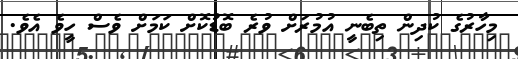
މިހާރުގެ ކުދިން ތިބެނީ އުމުރަށް ވުރެ ބޮޑުކޮށް ކަމަށް ވެސް ހީވެ އެވެ.